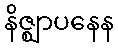
နိဇ္ဈာပနေန